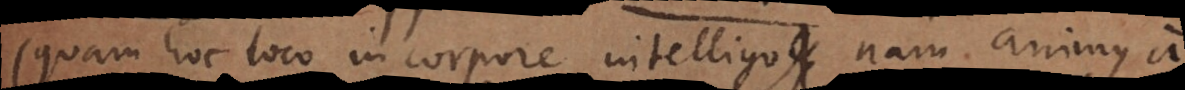
(quam hoc loco in corpore intelligo nam animus a